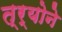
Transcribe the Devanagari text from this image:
त्र्योने